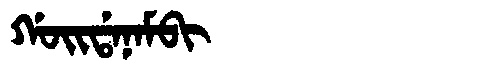
Manchu: ᡤᠣᡳᡩᠠᠨᠠᠮᠪᡳ
Romanization: GOIDANAMBI